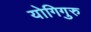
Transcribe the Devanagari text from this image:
योगिगुरु